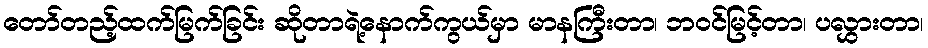
တော်တည့်ထက်မြက်ခြင်း ဆိုတာရဲ့နောက်ကွယ်မှာ မာနကြီးတာ၊ ဘဝင်မြင့်တာ၊ ပလွှားတာ၊